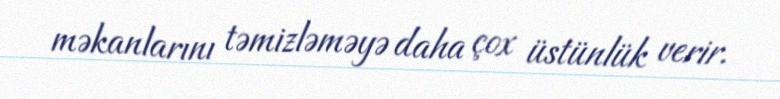
məkanlarını təmizləməyə daha çox üstünlük verir.